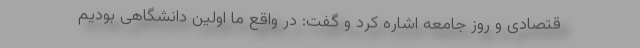
قتصادی و روز جامعه اشاره کرد و گفت: در واقع ما اولین دانشگاهی بودیم